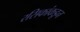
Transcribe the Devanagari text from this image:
रसिकांकडून